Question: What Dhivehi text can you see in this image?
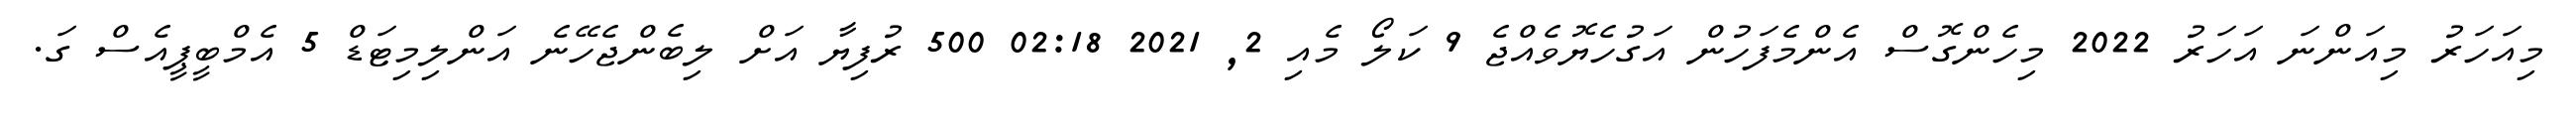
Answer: މިއަހަރު މިއަންނަ އަހަރު 2022 މިހެންގޮސް އެންމެފަހުން އަގުހެޔޮވެއްޖެ 9 ކަލޯ މެއި 2, 2021 02:18 500 ރުފިޔާ އަށް ލިބެންޖެހޭނެ އަންލިމިޓަޑް 5 އެމްބީޕީއެސް ގަ.